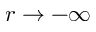
r \to - \infty